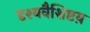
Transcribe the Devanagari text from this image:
दृश्यवैशिष्टय़